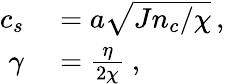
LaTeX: \begin{array}{rl}{c_{s}}&{{}=a\sqrt{Jn_{c}/\chi}\, ,}\\ {\gamma}&{{}=\frac{\eta}{2\chi}\ ,}\end{array}